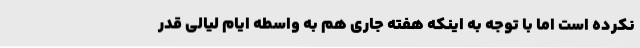
نکرده است اما با توجه به اینکه هفته جاری هم به واسطه ایام لیالی قدر